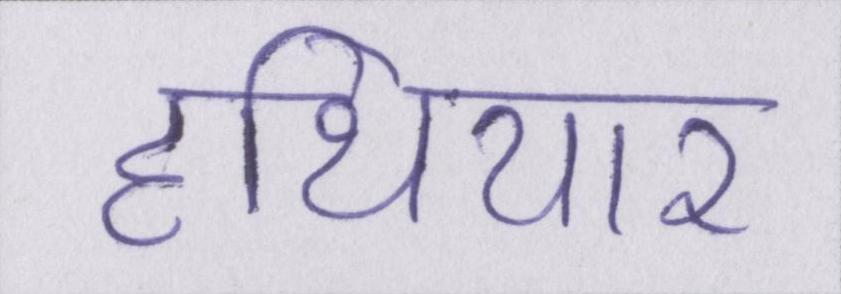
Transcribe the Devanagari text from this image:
हथियार